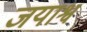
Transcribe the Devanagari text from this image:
जयाश्व